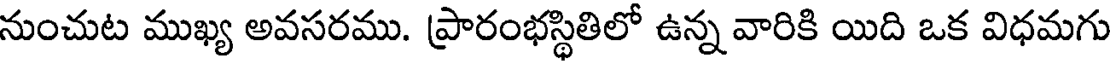
నుంచుట ముఖ్య అవసరము. ప్రారంభస్థితిలో ఉన్న వారికి యిది ఒక విధమగు